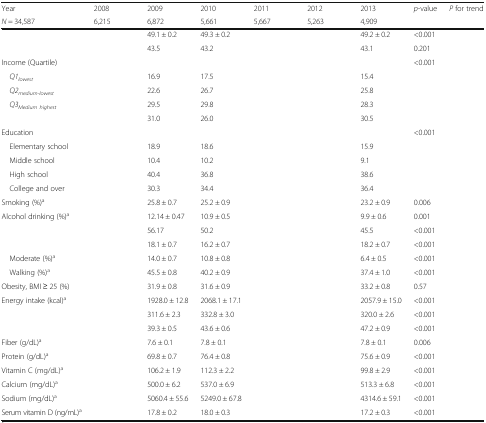
<table><thead><tr><td><b>Year</b></td><td><b>2008</b></td><td><b>2009</b></td><td><b>2010</b></td><td><b>2011</b></td><td><b>2012</b></td><td><b>2013</b></td><td><b><i>p-</i>value</b></td><td><b><i>P</i> for trend</b></td></tr><tr><td><b><i>N</i> = 34,587</b></td><td><b>6,215</b></td><td><b>6,872</b></td><td><b>5,661</b></td><td><b>5,667</b></td><td><b>5,263</b></td><td><b>4,909</b></td><td>[EMPTY_CELL]</td><td>[EMPTY_CELL]</td></tr></thead><tbody><tr><td>[EMPTY_CELL]</td><td>[EMPTY_CELL]</td><td>49.1 ± 0.2</td><td>49.3 ± 0.2</td><td>[EMPTY_CELL]</td><td>[EMPTY_CELL]</td><td>49.2 ± 0.2</td><td>&lt;0.001</td><td>[EMPTY_CELL]</td></tr><tr><td>[EMPTY_CELL]</td><td>[EMPTY_CELL]</td><td>43.5</td><td>43.2</td><td>[EMPTY_CELL]</td><td>[EMPTY_CELL]</td><td>43.1</td><td>0.201</td><td>[EMPTY_CELL]</td></tr><tr><td>Income (Quartile)</td><td>[EMPTY_CELL]</td><td>[EMPTY_CELL]</td><td>[EMPTY_CELL]</td><td>[EMPTY_CELL]</td><td>[EMPTY_CELL]</td><td>[EMPTY_CELL]</td><td>&lt;0.001</td><td>[EMPTY_CELL]</td></tr><tr><td><i> Q1</i><sub><i>lowest</i></sub></td><td>[EMPTY_CELL]</td><td>16.9</td><td>17.5</td><td>[EMPTY_CELL]</td><td>[EMPTY_CELL]</td><td>15.4</td><td>[EMPTY_CELL]</td><td>[EMPTY_CELL]</td></tr><tr><td><i> Q2</i><sub><i>medium-lowest</i></sub></td><td>[EMPTY_CELL]</td><td>22.6</td><td>26.7</td><td>[EMPTY_CELL]</td><td>[EMPTY_CELL]</td><td>25.8</td><td>[EMPTY_CELL]</td><td>[EMPTY_CELL]</td></tr><tr><td><i> Q3</i><sub><i>Medium highest</i></sub></td><td>[EMPTY_CELL]</td><td>29.5</td><td>29.8</td><td>[EMPTY_CELL]</td><td>[EMPTY_CELL]</td><td>28.3</td><td>[EMPTY_CELL]</td><td>[EMPTY_CELL]</td></tr><tr><td>[EMPTY_CELL]</td><td>[EMPTY_CELL]</td><td>31.0</td><td>26.0</td><td>[EMPTY_CELL]</td><td>[EMPTY_CELL]</td><td>30.5</td><td>[EMPTY_CELL]</td><td>[EMPTY_CELL]</td></tr><tr><td>Education</td><td>[EMPTY_CELL]</td><td>[EMPTY_CELL]</td><td>[EMPTY_CELL]</td><td>[EMPTY_CELL]</td><td>[EMPTY_CELL]</td><td>[EMPTY_CELL]</td><td>&lt;0.001</td><td>[EMPTY_CELL]</td></tr><tr><td> Elementary school</td><td>[EMPTY_CELL]</td><td>18.9</td><td>18.6</td><td>[EMPTY_CELL]</td><td>[EMPTY_CELL]</td><td>15.9</td><td>[EMPTY_CELL]</td><td>[EMPTY_CELL]</td></tr><tr><td> Middle school</td><td>[EMPTY_CELL]</td><td>10.4</td><td>10.2</td><td>[EMPTY_CELL]</td><td>[EMPTY_CELL]</td><td>9.1</td><td>[EMPTY_CELL]</td><td>[EMPTY_CELL]</td></tr><tr><td> High school</td><td>[EMPTY_CELL]</td><td>40.4</td><td>36.8</td><td>[EMPTY_CELL]</td><td>[EMPTY_CELL]</td><td>38.6</td><td>[EMPTY_CELL]</td><td>[EMPTY_CELL]</td></tr><tr><td> College and over</td><td>[EMPTY_CELL]</td><td>30.3</td><td>34.4</td><td>[EMPTY_CELL]</td><td>[EMPTY_CELL]</td><td>36.4</td><td>[EMPTY_CELL]</td><td>[EMPTY_CELL]</td></tr><tr><td>Smoking (%)<sup>a</sup></td><td>[EMPTY_CELL]</td><td>25.8 ± 0.7</td><td>25.2 ± 0.9</td><td>[EMPTY_CELL]</td><td>[EMPTY_CELL]</td><td>23.2 ± 0.9</td><td>0.006</td><td>[EMPTY_CELL]</td></tr><tr><td>Alcohol drinking (%)<sup>a</sup></td><td>[EMPTY_CELL]</td><td>12.14 ± 0.47</td><td>10.9 ± 0.5</td><td>[EMPTY_CELL]</td><td>[EMPTY_CELL]</td><td>9.9 ± 0.6</td><td>0.001</td><td>[EMPTY_CELL]</td></tr><tr><td>[EMPTY_CELL]</td><td>[EMPTY_CELL]</td><td>56.17</td><td>50.2</td><td>[EMPTY_CELL]</td><td>[EMPTY_CELL]</td><td>45.5</td><td>&lt;0.001</td><td>[EMPTY_CELL]</td></tr><tr><td>[EMPTY_CELL]</td><td>[EMPTY_CELL]</td><td>18.1 ± 0.7</td><td>16.2 ± 0.7</td><td>[EMPTY_CELL]</td><td>[EMPTY_CELL]</td><td>18.2 ± 0.7</td><td>&lt;0.001</td><td>[EMPTY_CELL]</td></tr><tr><td> Moderate (%)<sup>a</sup></td><td>[EMPTY_CELL]</td><td>14.0 ± 0.7</td><td>10.8 ± 0.8</td><td>[EMPTY_CELL]</td><td>[EMPTY_CELL]</td><td>6.4 ± 0.5</td><td>&lt;0.001</td><td>[EMPTY_CELL]</td></tr><tr><td> Walking (%)<sup>a</sup></td><td>[EMPTY_CELL]</td><td>45.5 ± 0.8</td><td>40.2 ± 0.9</td><td>[EMPTY_CELL]</td><td>[EMPTY_CELL]</td><td>37.4 ± 1.0</td><td>&lt;0.001</td><td>[EMPTY_CELL]</td></tr><tr><td>Obesity, BMI ≥ 25 (%)</td><td>[EMPTY_CELL]</td><td>31.9 ± 0.8</td><td>31.6 ± 0.9</td><td>[EMPTY_CELL]</td><td>[EMPTY_CELL]</td><td>33.2 ± 0.8</td><td>0.57</td><td>[EMPTY_CELL]</td></tr><tr><td>Energy intake (kcal)<sup>a</sup></td><td>[EMPTY_CELL]</td><td>1928.0 ± 12.8</td><td>2068.1 ± 17.1</td><td>[EMPTY_CELL]</td><td>[EMPTY_CELL]</td><td>2057.9 ± 15.0</td><td>&lt;0.001</td><td>[EMPTY_CELL]</td></tr><tr><td>[EMPTY_CELL]</td><td>[EMPTY_CELL]</td><td>311.6 ± 2.3</td><td>332.8 ± 3.0</td><td>[EMPTY_CELL]</td><td>[EMPTY_CELL]</td><td>320.0 ± 2.6</td><td>&lt;0.001</td><td>[EMPTY_CELL]</td></tr><tr><td>[EMPTY_CELL]</td><td>[EMPTY_CELL]</td><td>39.3 ± 0.5</td><td>43.6 ± 0.6</td><td>[EMPTY_CELL]</td><td>[EMPTY_CELL]</td><td>47.2 ± 0.9</td><td>&lt;0.001</td><td>[EMPTY_CELL]</td></tr><tr><td>Fiber (g/dL)<sup>a</sup></td><td>[EMPTY_CELL]</td><td>7.6 ± 0.1</td><td>7.8 ± 0.1</td><td>[EMPTY_CELL]</td><td>[EMPTY_CELL]</td><td>7.8 ± 0.1</td><td>0.006</td><td>[EMPTY_CELL]</td></tr><tr><td>Protein (g/dL)<sup>a</sup></td><td>[EMPTY_CELL]</td><td>69.8 ± 0.7</td><td>76.4 ± 0.8</td><td>[EMPTY_CELL]</td><td>[EMPTY_CELL]</td><td>75.6 ± 0.9</td><td>&lt;0.001</td><td>[EMPTY_CELL]</td></tr><tr><td>Vitamin C (mg/dL)<sup>a</sup></td><td>[EMPTY_CELL]</td><td>106.2 ± 1.9</td><td>112.3 ± 2.2</td><td>[EMPTY_CELL]</td><td>[EMPTY_CELL]</td><td>99.8 ± 2.9</td><td>&lt;0.001</td><td>[EMPTY_CELL]</td></tr><tr><td>Calcium (mg/dL)<sup>a</sup></td><td>[EMPTY_CELL]</td><td>500.0 ± 6.2</td><td>537.0 ± 6.9</td><td>[EMPTY_CELL]</td><td>[EMPTY_CELL]</td><td>513.3 ± 6.8</td><td>&lt;0.001</td><td>[EMPTY_CELL]</td></tr><tr><td>Sodium (mg/dL)<sup>a</sup></td><td>[EMPTY_CELL]</td><td>5060.4 ± 55.6</td><td>5249.0 ± 67.8</td><td>[EMPTY_CELL]</td><td>[EMPTY_CELL]</td><td>4314.6 ± 59.1</td><td>&lt;0.001</td><td>[EMPTY_CELL]</td></tr><tr><td>Serum vitamin D (ng/mL)<sup>a</sup></td><td>[EMPTY_CELL]</td><td>17.8 ± 0.2</td><td>18.0 ± 0.3</td><td>[EMPTY_CELL]</td><td>[EMPTY_CELL]</td><td>17.2 ± 0.3</td><td>&lt;0.001</td><td>[EMPTY_CELL]</td></tr></tbody></table>